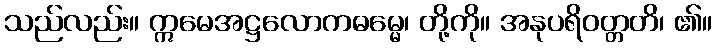
သည်လည်း။ ဣမေအဋ္ဌလောကဓမ္မေ၊ တို့ကို။ အနုပရိဝတ္တတိ၊ ၏။